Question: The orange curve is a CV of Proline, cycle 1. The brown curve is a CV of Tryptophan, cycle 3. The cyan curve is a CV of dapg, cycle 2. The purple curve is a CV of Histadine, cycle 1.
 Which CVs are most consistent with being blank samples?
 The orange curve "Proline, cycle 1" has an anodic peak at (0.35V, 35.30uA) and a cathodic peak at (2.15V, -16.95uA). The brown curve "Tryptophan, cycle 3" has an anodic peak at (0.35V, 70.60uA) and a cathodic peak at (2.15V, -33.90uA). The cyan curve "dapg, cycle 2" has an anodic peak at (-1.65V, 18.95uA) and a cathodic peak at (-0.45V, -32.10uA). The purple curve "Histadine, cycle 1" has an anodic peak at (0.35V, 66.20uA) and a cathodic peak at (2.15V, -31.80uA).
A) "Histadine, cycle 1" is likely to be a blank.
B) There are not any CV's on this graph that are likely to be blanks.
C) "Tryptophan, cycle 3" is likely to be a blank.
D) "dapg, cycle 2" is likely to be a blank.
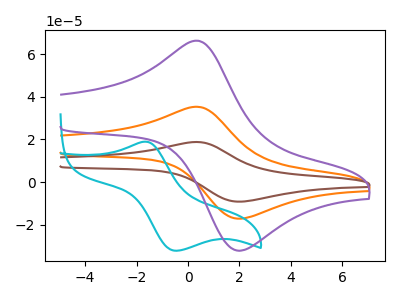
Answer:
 <answer>B) There are not any CV's on this graph that are likely to be blanks.</answer>
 <eval>B</eval>